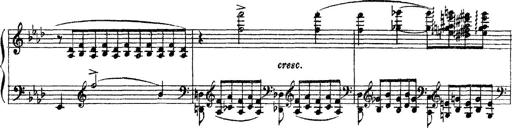
Title: 3 sonetti di Petrarca
Composer: Franz Liszt